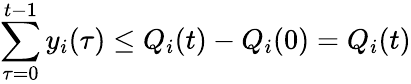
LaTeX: \sum_{\tau=0}^{t-1}y_{i}(\tau)\leq Q_{i}(t)-Q_{i}(0)=Q_{i}(t)